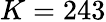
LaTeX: K=243